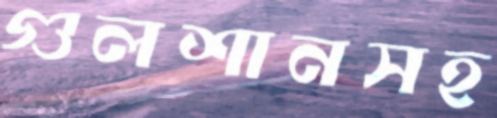
গুলশানসহ